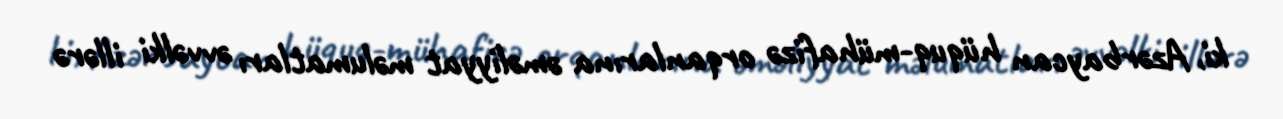
ki, Azərbaycan hüquq-mühafizə orqanlarına əməliyyat məlumatları əvvəlki illərə